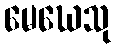
မေဃေသု